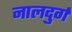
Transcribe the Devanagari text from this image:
नालदुर्ग